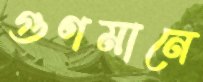
গুণমানে